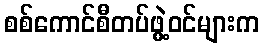
စစ်ကောင်စီတပ်ဖွဲ့ဝင်များက